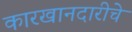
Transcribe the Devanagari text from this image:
कारखानदारीचे